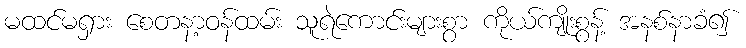
မထင်မရှား စေတနာ့ဝန်ထမ်း သူရဲကောင်းများစွာ ကိုယ်ကျိုးစွန့် အနစ်နာခံ၍